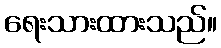
ရေးသားထားသည်။